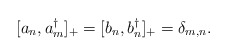
\begin{align*}[a_n , a_m^{\dagger}]_{+} = [b_n , b_n^{\dagger}]_{+} =\delta_{m,n} .\end{align*}